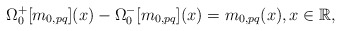
\begin{align*}\Omega^{+}_{0}[m_{0,pq}](x)-\Omega^{-}_{0}[m_{0,pq}](x)=m_{0,pq}(x), x\in {\mathbb R},\end{align*}